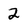
Character: 2